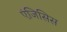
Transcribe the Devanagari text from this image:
एंजिसिस